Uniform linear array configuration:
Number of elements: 4
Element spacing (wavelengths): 0.5
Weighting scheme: binomial
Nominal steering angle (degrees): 15
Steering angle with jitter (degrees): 15.789
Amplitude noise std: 0.05
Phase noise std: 0.05

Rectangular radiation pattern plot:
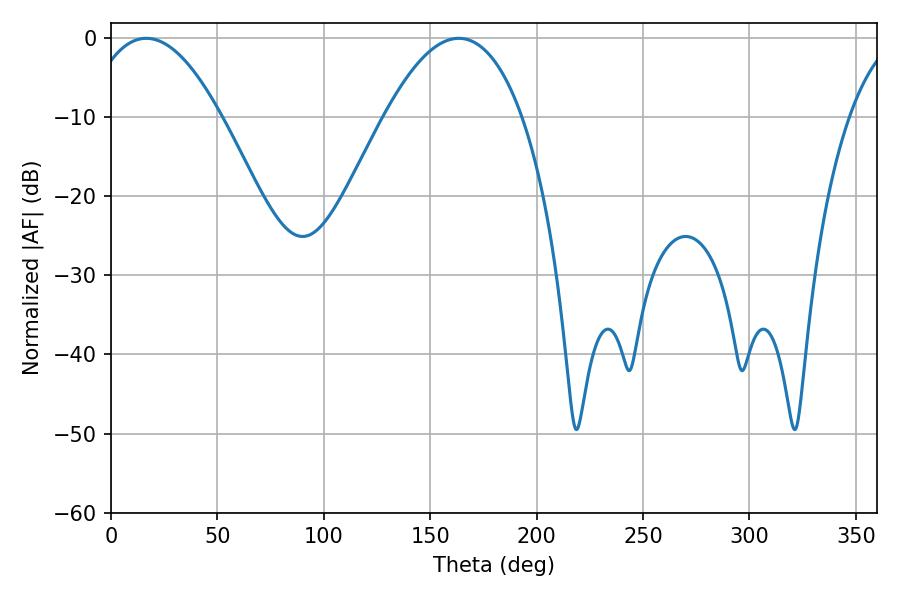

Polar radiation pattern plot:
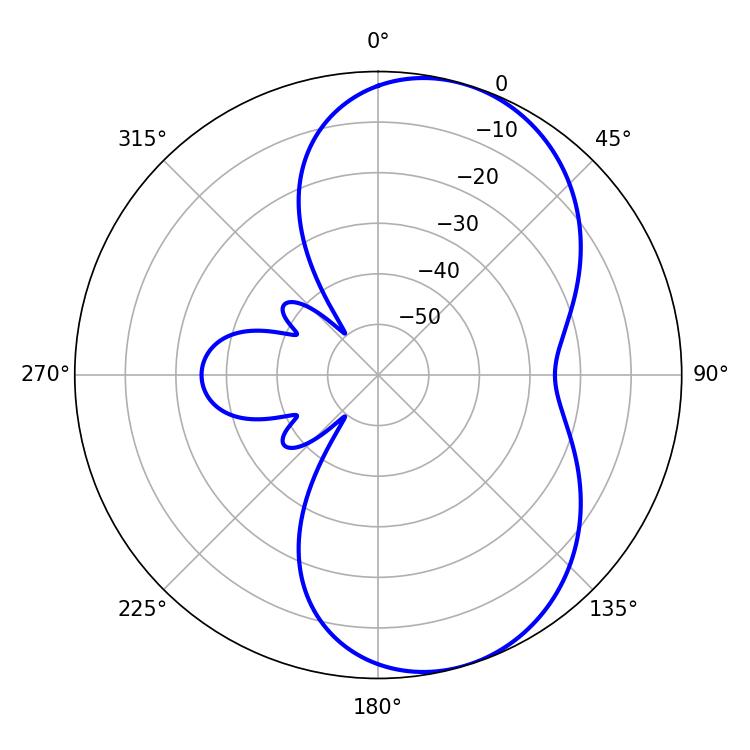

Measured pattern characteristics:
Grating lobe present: FALSE
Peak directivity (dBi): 6.87
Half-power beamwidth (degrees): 35.28
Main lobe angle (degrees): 16.56